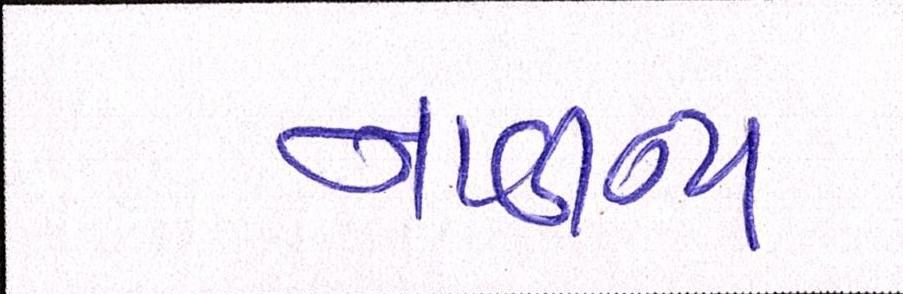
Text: નાવીન્ય